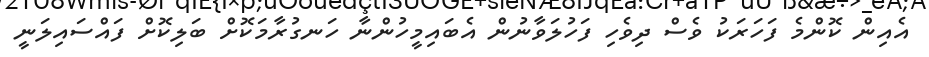
އެއިން ކޮންމެ ފަހަރަކު ވެސް ދިވެހި ފަހުލަވާނުން އެބައިމީހުންނާ ހަނގުރާމަކޮށް ބަލިކޮށް ފައްސައިލަނީ